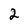
Character: 2